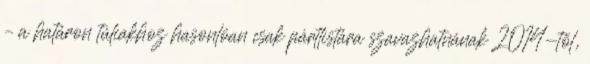
– a határon túliakhoz hasonlóan csak pártlistára szavazhatnának 2014-től,